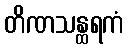
တိဏသန္ထရကံ